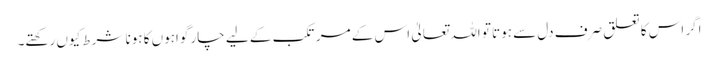
اگر اس کا تعلق صرف دل سے ہوتا تو اللہ تعالیٰ اس کے مرتکب کے لیے چار گواہوں کا ہونا شرط کیوں رکھتے۔